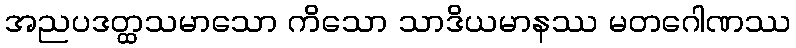
အညပဒတ္ထသမာသော ကိသော သာဒိယမာနဿ မတဂေါဏဿ